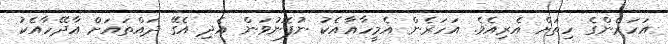
އަހަރެންގެ ހިތަށް އެރިއެވެ. އަހަރެން އެމީހާއާއެކު ނުފޮނުވަން އެދި އެގޭ ދައްތައަށް އާދޭހާއެކު